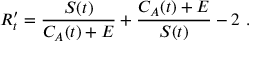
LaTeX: R _ { t } ^ { \prime } = \frac { S ( t ) } { C _ { A } ( t ) + E } + \frac { C _ { A } ( t ) + E } { S ( t ) } - 2 \ .